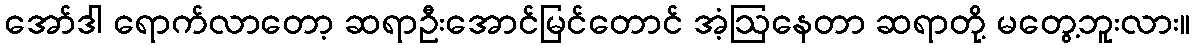
အော်ဒါ ရောက်လာတော့ ဆရာဦးအောင်မြင်တောင် အံ့ဩနေတာ ဆရာတို့ မတွေ့ဘူးလား။